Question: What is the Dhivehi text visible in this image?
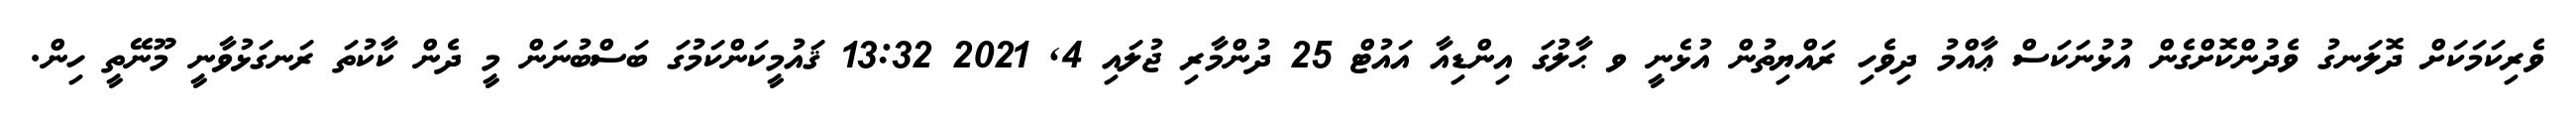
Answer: ވެރިކަމަކަށް ދޮލަނގު ވެދުންކޮށްގެން އުޅުނަކަސް ޢާއްމު ދިވެހި ރައްޔިތުން އުޅެނީ ވ ޙާލުގަ އިންޑިއާ އައުޓް 25 ދުންމާރި ޖުލައި 4, 2021 13:32 ޤައުމީކަންކަމުގަ ބަސްބުނަން މީ ދެން ކާކުތަ ރަނގަޅުވާނީ މޫނޭތީ ހިން.